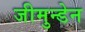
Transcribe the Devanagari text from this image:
जीमुन्डेन